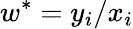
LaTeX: w^{*}=y_{i}/x_{i}